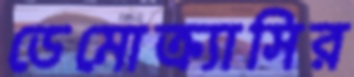
ডেমোক্র্যাসির